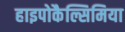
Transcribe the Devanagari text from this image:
हाइपोकैल्सिमिया